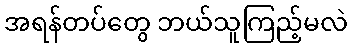
အရန်တပ်တွေ ဘယ်သူကြည့်မလဲ